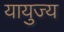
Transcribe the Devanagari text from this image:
यायुज्य